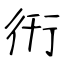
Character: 衎